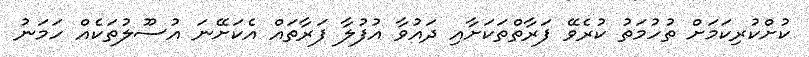
ކުށްކުރިކަމަށް ތުހުމަތު ކުރެވޭ ފަރާތްތަކަށާއި ދައުވާ އުފުލާ ފަރާތައް އެކަށޭނަ އުސޫލުތަކެއް ހަމަނު